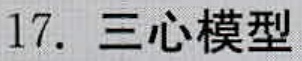
17. 三心模型